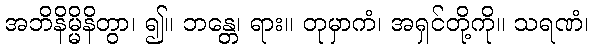
အဘိနိမ္မိနိတွာ၊ ၍။ ဘန္တေ၊ ရား။ တုမှာကံ၊ အရှင်တို့ကို။ သရဏံ၊